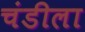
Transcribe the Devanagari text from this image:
चंडीला